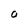
Character: O